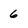
Character: 6